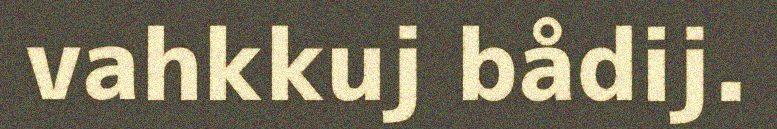
vahkkuj bådij.